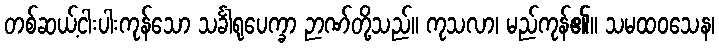
တစ်ဆယ့်ငါးပါးကုန်သော သင်္ခါရုပေက္ခာ ဉာဏ်တို့သည်။ ကုသလာ၊ မည်ကုန်၏။ သမထဝသေန၊